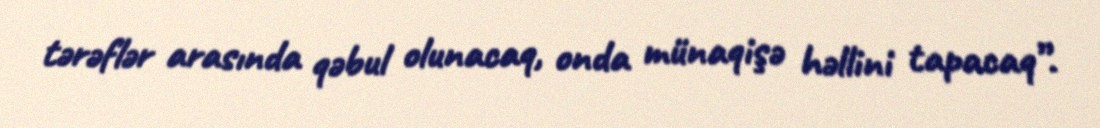
tərəflər arasında qəbul olunacaq, onda münaqişə həllini tapacaq”.